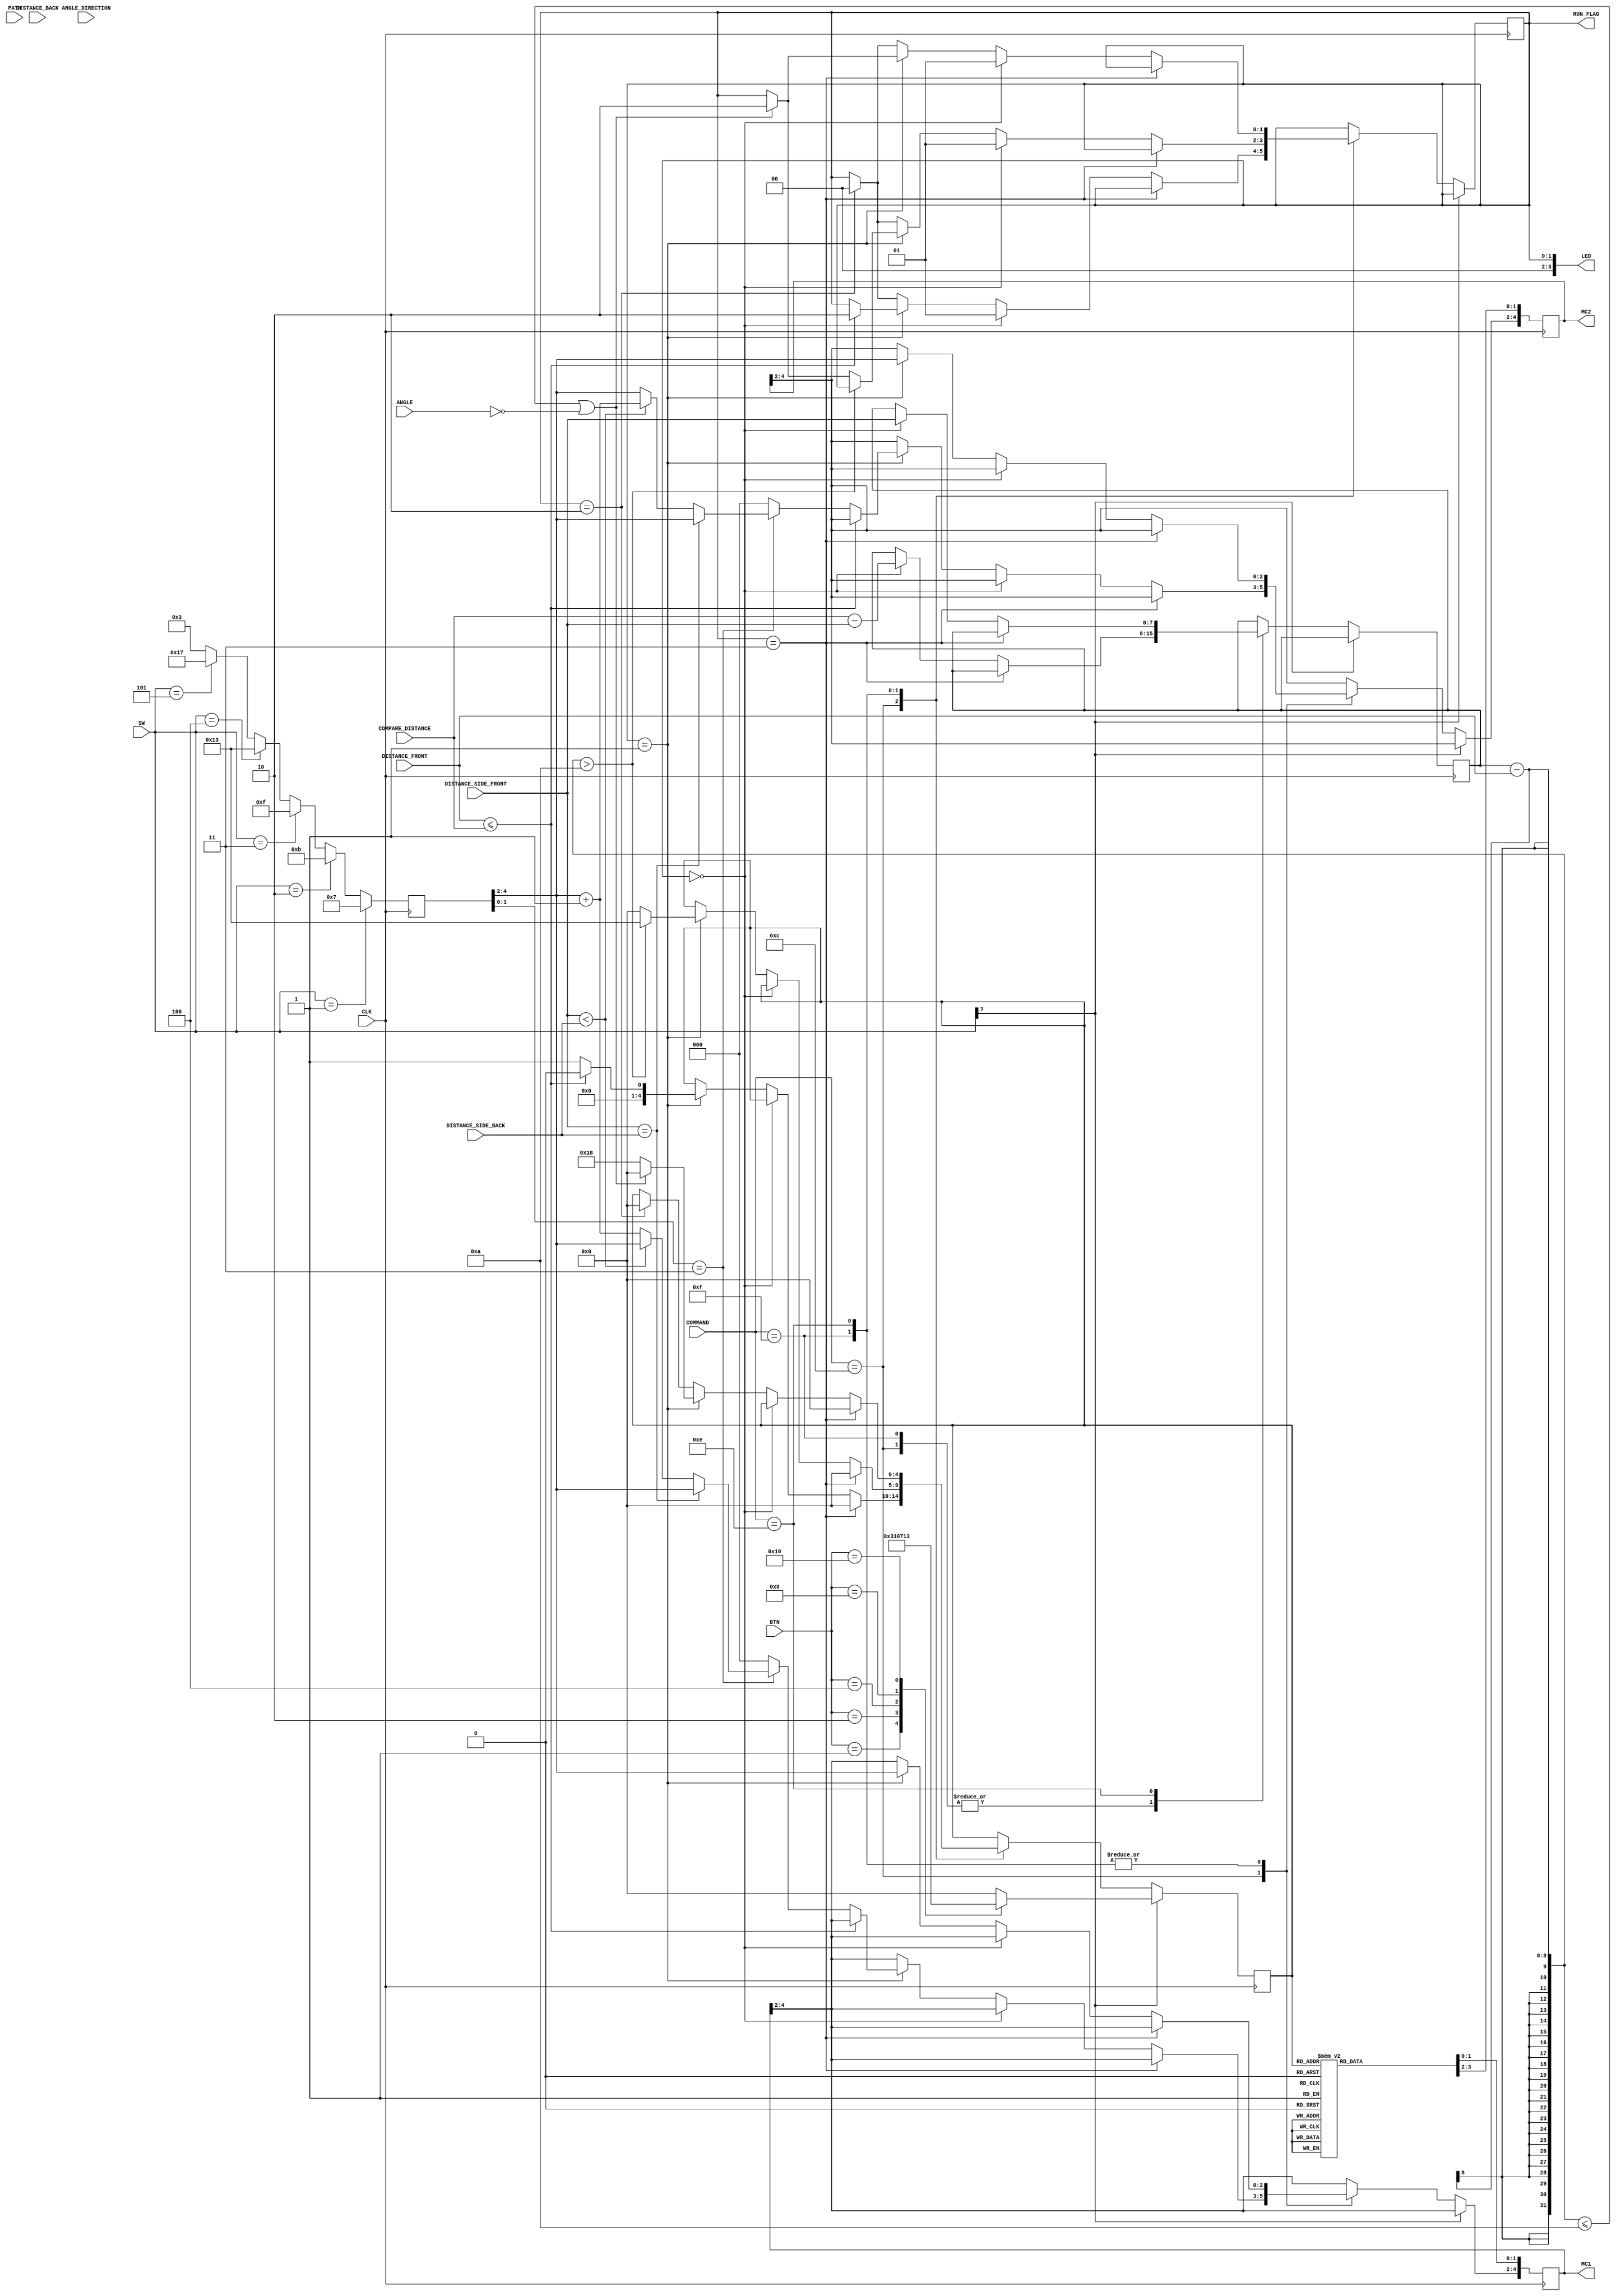
`timescale 1ns / 1ps
//////////////////////////////////////////////////////////////////////////////////
// Company: 
// Engineer: 
// 
// Design Name: 
// Module Name:    direction_control 
// Project Name: 
// Target Devices: 
// Tool versions: 
// Description: 
//
// Dependencies: 
//
// Revision: 
// Revision 0.01 - File Created
// Additional Comments: 
//
//////////////////////////////////////////////////////////////////////////////////
module direction_control(
		input CLK,
		input [7:0] SW,
		input [4:0] BTN,
		input [7:0] DISTANCE_FRONT,
		input [7:0] DISTANCE_BACK,
		input [7:0] DISTANCE_SIDE_BACK,
		input [7:0] DISTANCE_SIDE_FRONT,
		input [7:0] ANGLE,
		input [1:0] ANGLE_DIRECTION,
		input [7:0] COMMAND,
		input [7:0] PATH,
		input [7:0] COMPARE_DISTANCE,
		output reg [4:0] MC1, //Bits 1:0 control Direction, Bits 4:2 Control Power
		output reg [4:0] MC2,	 //Bits 1:0 control Direction, Bits 4:2 Control Power
		output [3:0] LED,
		output reg [1:0] RUN_FLAG
    );
	 
	wire [7:0] ALIGN_COMP;
	
	reg [4:0] DIR_STATE, PWM_STATE;
	reg [7:0] DISTANCE_CHECK, STATE;
	reg FLAG, STABLE,START;

	parameter [4:0] NEUTRAL = 		5'b 00000;
	parameter [4:0] FORWARD = 		5'b 00001;
	parameter [4:0] REVERSE = 		5'b 00010;
	parameter [4:0] FORWARD_RIGHT = 5'b 00011;
	parameter [4:0] BACK_RIGHT = 	5'b 00111;
	parameter [4:0] FORWARD_LEFT = 	5'b 11000;
	parameter [4:0] BACK_LEFT = 		5'b 10000;
	parameter [4:0] R_360 = 			5'b 10011;
	parameter [4:0] L_360 = 			5'b 11001;
	 
	parameter [4:0] BOTH_88 = 		5'b 11111;
	parameter [4:0] BOTH_75 = 		5'b 11011;
	parameter [4:0] BOTH_62 = 		5'b 10111;
	parameter [4:0] BOTH_50 = 		5'b 10011;
	parameter [4:0] BOTH_38 = 		5'b 01111;
	parameter [4:0] BOTH_25 = 		5'b 01011;
	parameter [4:0] BOTH_17 = 		5'b 00111;
	parameter [4:0] BOTH_13 = 		5'b 00011;
	
	parameter [4:0] TURN_RIGHT = 5'b 01111;
	parameter [4:0] TURN_LEFT = 5'b 01110;
	parameter [4:0] STRAIGHT = 5'b 01100;
	
	parameter [1:0] RUN_INI = 2'b 00; //Initialization State
	parameter [1:0] RUN_EXC = 2'b 01; //Execution State
	parameter [1:0] RUN_COM = 2'b 10; //Completion State
	parameter [1:0] RUN_ERR = 2'b 11; //Error State
	
	initial begin
		START = 1;
		STATE = 0;
		FLAG = 1;
		STABLE = 0;
		RUN_FLAG = 2'b 00;
	end
	
	assign LED = RUN_FLAG;
	assign ALIGN_COMP = (DISTANCE_SIDE_FRONT > DISTANCE_SIDE_BACK) ? DISTANCE_SIDE_FRONT-DISTANCE_SIDE_BACK : DISTANCE_SIDE_BACK-DISTANCE_SIDE_FRONT;
	
	always @(posedge CLK) begin
		//Direction Control
		case(DIR_STATE) //MC1 is on right side, MC2 is on left side 
			NEUTRAL:begin //Neutral
							MC1[1:0] <= 2'b 01; //Neutral
							MC2[1:0] <= 2'b 01; //Neutral
						end
			FORWARD:begin //FORWARD
							MC1[1:0] <= 2'b 00; //Forward
							MC2[1:0] <= 2'b 00; //Forward
						end
			REVERSE:begin //REVERSE
							MC1[1:0] <= 2'b 10; //Reverse
							MC2[1:0] <= 2'b 10; //Reverse
						end
			FORWARD_RIGHT:begin //FORWARD RIGHT
							MC1[1:0] <= 2'b 01; //Neutral
							MC2[1:0] <= 2'b 00; //Forward
						end
			BACK_RIGHT:begin //BACKWARDS RIGHT
							MC1[1:0] <= 2'b 10; //Reverse
							MC2[1:0] <= 2'b 01; //Neutral
						end
			FORWARD_LEFT:begin //FORWARD LEFT
							MC1[1:0] <= 2'b 00; //Forward
							MC2[1:0] <= 2'b 01; //Neutral
						end
			BACK_LEFT:begin //BACKWARDS LEFT
							MC1[1:0] <= 2'b 01; //Neutral
							MC2[1:0] <= 2'b 10; //Reverse
						end
			R_360:begin //Right 360
						MC1[1:0] <= 2'b 10; //Reverse
						MC2[1:0] <= 2'b 00; //Forward
			end
			L_360:begin //Left 360
						MC1[1:0] <= 2'b 00; //Forward
						MC2[1:0] <= 2'b 10; //Reverse
			end
			default:begin //Default Neutral
							MC1[1:0] <= 2'b 01; //Neutral
							MC2[1:0] <= 2'b 01; //Neutral
						end
		endcase
		
//		//Power Control
//		if(PWM_STATE[1:0] == 2'b 11) begin //Both MC Receive Same Power
//			MC1[4:2] <= PWM_STATE[4:2];
//			MC2[4:2] <= PWM_STATE[4:2];
//		end else begin //Default Power for both MC 12.5%
//			MC1[4:2] <= 3'b 000;
//			MC2[4:2] <= 3'b 000;
//		end
		
		if (SW[7]) begin //Manual Mode
			case(BTN)
				1:DIR_STATE <= FORWARD_RIGHT;
				2:DIR_STATE <= REVERSE;
				4:DIR_STATE <= FORWARD;
				8:DIR_STATE <= FORWARD_LEFT;
				16:DIR_STATE <= R_360;
				default:DIR_STATE <= NEUTRAL;
			endcase
			
		end else begin 
				
			case(COMMAND)                              
				STRAIGHT:begin
								if(RUN_FLAG == RUN_ERR)begin
									DIR_STATE <= NEUTRAL;
								end else if(RUN_FLAG == RUN_INI)begin
									RUN_FLAG <= RUN_EXC;
									DISTANCE_CHECK <= COMPARE_DISTANCE - DISTANCE_SIDE_FRONT; //140 Compare distance
								end else if(RUN_FLAG == RUN_EXC)begin
									if(DISTANCE_FRONT <= COMPARE_DISTANCE)begin
										DIR_STATE <= NEUTRAL;
										RUN_FLAG <= RUN_COM;
									end else begin
										DIR_STATE <= FORWARD;
										if(PWM_STATE[1:0] == 2'b 11) begin //Both MC Receive Same Power
											if(DISTANCE_SIDE_FRONT == DISTANCE_SIDE_BACK)begin
												MC1[4:2] <= PWM_STATE[4:2];
												MC2[4:2] <= PWM_STATE[4:2];
											end else if(DISTANCE_SIDE_FRONT < DISTANCE_SIDE_BACK)begin
												MC1[4:2] <= PWM_STATE[4:2];
												MC2[4:2] <= PWM_STATE[4:2] + 3'b 001;
											end else begin
												MC2[4:2] <= PWM_STATE[4:2];
												MC1[4:2] <= PWM_STATE[4:2] + 3'b 001;
											end
										end else begin //Default Power for both MC 12.5%
											MC1[4:2] <= 3'b 000;
											MC2[4:2] <= 3'b 000;
										end
									end								
								end else if(RUN_FLAG == RUN_COM)begin
									RUN_FLAG <= RUN_INI;
								end
							end
				TURN_RIGHT:	begin
									if(RUN_FLAG == RUN_ERR)begin
										DIR_STATE <= NEUTRAL;
									end else if(RUN_FLAG == RUN_INI)begin
										RUN_FLAG <= RUN_EXC;
										DISTANCE_CHECK <= COMPARE_DISTANCE - DISTANCE_SIDE_FRONT; //140 Compare distance
									end else if(RUN_FLAG == RUN_EXC)begin
										MC1[4:2] <= PWM_STATE[4:2];
										MC2[4:2] <= PWM_STATE[4:2];
										if((DISTANCE_CHECK - DISTANCE_FRONT) > 10)begin
											DIR_STATE <= R_360; //FORWARD_RIGHT
										end else if(((DISTANCE_CHECK-DISTANCE_FRONT) <= 10)|(ANGLE == 0))begin
											DIR_STATE <= NEUTRAL;
											RUN_FLAG <= RUN_COM;
										end else begin
											DIR_STATE <= NEUTRAL;
										end										
									end else if(RUN_FLAG == RUN_COM)begin
										RUN_FLAG <= RUN_INI;
									end
								end
				TURN_LEFT:	begin
									if(RUN_FLAG == RUN_ERR)begin
										DIR_STATE <= NEUTRAL;
									end else if(RUN_FLAG == RUN_INI)begin
										RUN_FLAG <= RUN_EXC;
										DISTANCE_CHECK <= DISTANCE_SIDE_FRONT;
									end else if(RUN_FLAG == RUN_EXC)begin
										MC1[4:2] <= PWM_STATE[4:2];
										MC2[4:2] <= PWM_STATE[4:2];
									
										if(((DISTANCE_CHECK-DISTANCE_FRONT) <= 10)|(ANGLE == 0))begin
											DIR_STATE <= NEUTRAL;
											RUN_FLAG <= RUN_COM;
										end else begin
											DIR_STATE <= FORWARD_LEFT;
										end 										
									end else if(RUN_FLAG == RUN_COM)begin
										RUN_FLAG <= RUN_INI;
										DIR_STATE <= NEUTRAL;
									end
								end
				
			endcase
				
		end	
		
		if(SW == 1) //Power setting 
			PWM_STATE <= BOTH_17;
		else if(SW == 2)
			PWM_STATE <= BOTH_25;
		else if(SW == 3)
			PWM_STATE <= BOTH_38;
		else if(SW == 4)
			PWM_STATE <= BOTH_50;
		else if(SW == 5)
			PWM_STATE <= BOTH_62;
		else
			PWM_STATE <= BOTH_13;	
				
		
				
	end

endmodule


				///////******** Alternative Straight command with realignment code
//									if(DISTANCE_FRONT <= 7)begin //12
//										COMMAND_FLAG <= 1;
//										START <= 1;
//										DIR_STATE <= NEUTRAL;
//									end else if(FLAG)begin
//										if((DISTANCE_SIDE_FRONT == PATH)&(DISTANCE_SIDE_BACK == PATH))begin
//											STATE <= 1;
//										end else if((DISTANCE_SIDE_FRONT < PATH)&(DISTANCE_SIDE_BACK >= PATH))begin
//											STATE <= 2;
//										end else if((DISTANCE_SIDE_FRONT > PATH)&(DISTANCE_SIDE_BACK == PATH))begin
//											STATE <= 3;
//										end else if(DISTANCE_SIDE_FRONT == PATH)begin
//											STATE <= 4;
//										end else if((DISTANCE_SIDE_FRONT > PATH)&(DISTANCE_SIDE_BACK > PATH))begin
//											STATE <= 5;
//										end else if((DISTANCE_SIDE_FRONT < PATH)&(DISTANCE_SIDE_BACK < PATH))begin
//											STATE <= 6;
//										end else if((DISTANCE_SIDE_FRONT > PATH)&(DISTANCE_SIDE_BACK < PATH))begin
//											STATE <= 4;
//										end else
//											STATE <= 3;
//									end
//									
//									case(STATE)
//										0:	begin
////												if((DISTANCE_SIDE_FRONT <= 32)&(DISTANCE_SIDE_BACK <= 21)&(DISTANCE_FRONT <= 96))begin
////													FLAG <= 1;
//													DIR_STATE <= NEUTRAL;
////												end else
////													DIR_STATE <= FORWARD_LEFT;
//											end
//										1:	begin
//												DIR_STATE <= FORWARD;
//												FLAG <= 1;
//											end
//										2:	begin
//												if((DISTANCE_FRONT < 3)|(DISTANCE_SIDE_FRONT < 3)|(DISTANCE_SIDE_BACK < 3))begin
//														DIR_STATE <= BACK_RIGHT;
//												end else if(DISTANCE_SIDE_FRONT == PATH)begin
//													DIR_STATE <= NEUTRAL;
//													FLAG <= 1;
//												end else
//													DIR_STATE <= BACK_RIGHT;
//											end
//										3:	begin
//												if((DISTANCE_FRONT < 3)|(DISTANCE_SIDE_FRONT < 3)|(DISTANCE_SIDE_BACK < 3))begin
//													if(DISTANCE_SIDE_BACK < 3)
//														DIR_STATE <= FORWARD;
//													else
//														DIR_STATE <= BACK_RIGHT;
//												end else if(DISTANCE_SIDE_FRONT == PATH)begin
//													DIR_STATE <= NEUTRAL;
//													FLAG <= 1;
//												end else
//													DIR_STATE <= FORWARD_LEFT;
//											end
//										4:	begin
//												if((DISTANCE_FRONT < 3)|(DISTANCE_SIDE_FRONT < 3)|(DISTANCE_SIDE_BACK < 3))begin
//													DIR_STATE <= BACK_RIGHT;
//												end else if(DISTANCE_SIDE_BACK == PATH)begin
//													DIR_STATE <= NEUTRAL;
//													FLAG <= 1;
//												end else
//													DIR_STATE <= FORWARD;
//											end
//										5:	begin
//												if((DISTANCE_FRONT < 3)|(DISTANCE_SIDE_FRONT < 3)|(DISTANCE_SIDE_BACK < 3))begin
//													if(DISTANCE_SIDE_BACK < 3)
//														DIR_STATE <= FORWARD;
//													else
//														DIR_STATE <= BACK_RIGHT;
//												end else if(DISTANCE_SIDE_BACK == PATH)begin
//													DIR_STATE <= NEUTRAL;
//													FLAG <= 1;
//												end else begin
//													if(DISTANCE_SIDE_BACK > DISTANCE_SIDE_FRONT)begin
//														if((DISTANCE_SIDE_BACK-DISTANCE_SIDE_FRONT) > 2)begin
//															DIR_STATE <= BACK_RIGHT;
//														end else if((DISTANCE_SIDE_BACK-DISTANCE_SIDE_FRONT) < 2)begin
//															DIR_STATE <= FORWARD_LEFT;
//														end else
//															DIR_STATE <= FORWARD;
//													end else
//														DIR_STATE <= FORWARD_LEFT;	
//												end
//												
//											end
//										6:	begin
//												if((DISTANCE_FRONT <= 3)|(DISTANCE_SIDE_FRONT <= 3)|(DISTANCE_SIDE_BACK <= 3))begin
//													DIR_STATE <= BACK_RIGHT;
//												end else if(DISTANCE_SIDE_BACK == PATH)begin
//													DIR_STATE <= NEUTRAL;
//													FLAG <= 1;
//												end else begin
//													if(DISTANCE_SIDE_BACK < DISTANCE_SIDE_FRONT)begin
//														if((DISTANCE_SIDE_FRONT-DISTANCE_SIDE_BACK) > 2)begin
//															DIR_STATE <= FORWARD_LEFT;
//														end else if((DISTANCE_SIDE_FRONT-DISTANCE_SIDE_BACK) < 2)begin
//															DIR_STATE <= FORWARD_RIGHT;
//														end else
//															DIR_STATE <= FORWARD;
//													end else
//														DIR_STATE <= FORWARD_RIGHT;	
//												end
//											end
//										endcase
//							end
///////******** Alternative Straight command with realignment code END